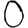
Digit: 0